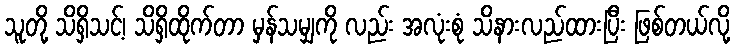
သူတို့ သိရှိသင့်၊ သိရှိထိုက်တာ မှန်သမျှကို လည်း အလုံးစုံ သိနားလည်ထားပြီး ဖြစ်တယ်လို့